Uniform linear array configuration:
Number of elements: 12
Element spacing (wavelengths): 0.5
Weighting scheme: hann
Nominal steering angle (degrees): -45
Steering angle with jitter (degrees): -43.868
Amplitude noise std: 0.05
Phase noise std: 0.05

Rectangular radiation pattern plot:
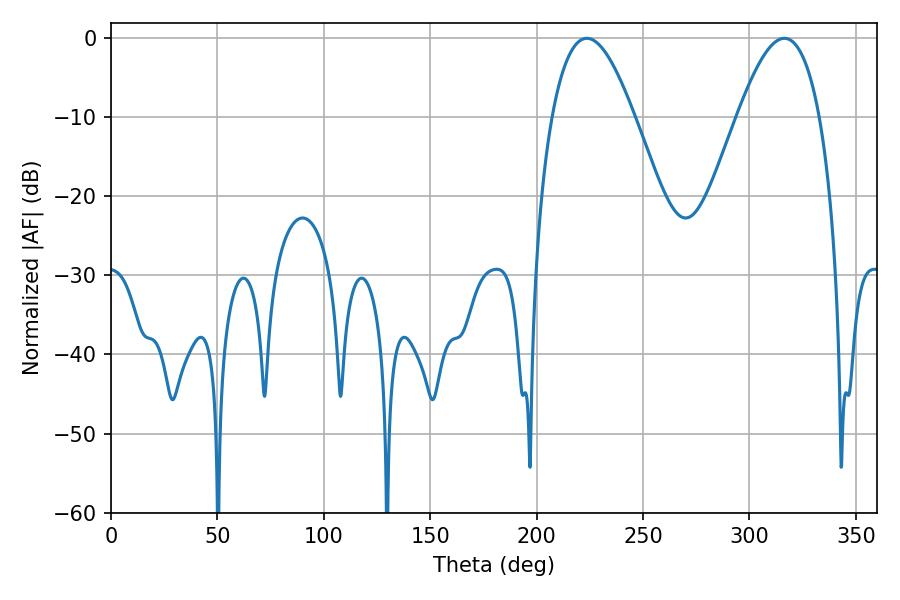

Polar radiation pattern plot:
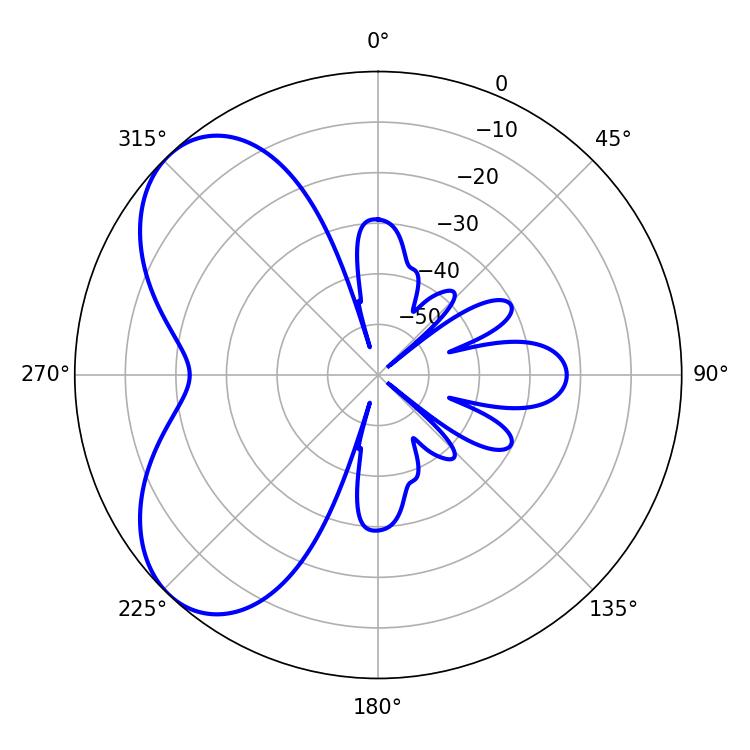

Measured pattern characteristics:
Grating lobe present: FALSE
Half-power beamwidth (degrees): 21.06
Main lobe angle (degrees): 223.56